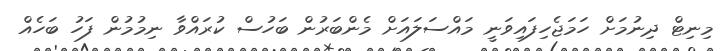
މިނިޓް ދިނުމަށް ހަމަޖެހިފައިވަނީ މައްސަލައަށް މެންބަރުން ބަހުސް ކުރައްވާ ނިމުމުން ފަހު ބަހެއް